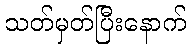
သတ်မှတ်ပြီးနောက်